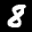
Label: 8